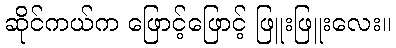
ဆိုင်ကယ်က ဖြောင့်ဖြောင့် ဖြူးဖြူးလေး။